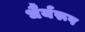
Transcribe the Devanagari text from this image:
धैर्यरूप